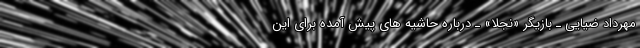
مهرداد ضیایی ـ بازیگر «نجلا» ـ درباره حاشیه های پیش آمده برای این